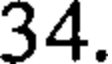
34.